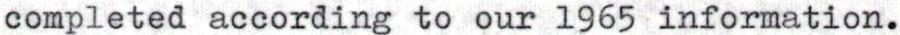
completed according to our 1965 information.